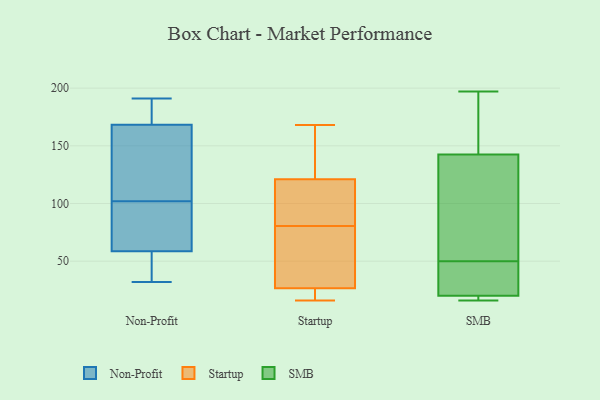
{"axis": {"x": "Satisfaction Score", "y": "Value"}, "legend": ["Non-Profit", "SMB", "Startup"], "data": [{"x": "", "y": 94, "type": "Non-Profit"}, {"x": "", "y": 164, "type": "Non-Profit"}, {"x": "", "y": 181, "type": "Non-Profit"}, {"x": "", "y": 44, "type": "Non-Profit"}, {"x": "", "y": 102, "type": "Non-Profit"}, {"x": "", "y": 48, "type": "Non-Profit"}, {"x": "", "y": 73, "type": "Non-Profit"}, {"x": "", "y": 190, "type": "Non-Profit"}, {"x": "", "y": 191, "type": "Non-Profit"}, {"x": "", "y": 119, "type": "Non-Profit"}, {"x": "", "y": 62, "type": "Non-Profit"}, {"x": "", "y": 110, "type": "Non-Profit"}, {"x": "", "y": 32, "type": "Non-Profit"}, {"x": "", "y": 16, "type": "Startup"}, {"x": "", "y": 107, "type": "Startup"}, {"x": "", "y": 19, "type": "Startup"}, {"x": "", "y": 168, "type": "Startup"}, {"x": "", "y": 149, "type": "Startup"}, {"x": "", "y": 32, "type": "Startup"}, {"x": "", "y": 79, "type": "Startup"}, {"x": "", "y": 21, "type": "Startup"}, {"x": "", "y": 82, "type": "Startup"}, {"x": "", "y": 75, "type": "Startup"}, {"x": "", "y": 135, "type": "Startup"}, {"x": "", "y": 101, "type": "Startup"}, {"x": "", "y": 187, "type": "SMB"}, {"x": "", "y": 41, "type": "SMB"}, {"x": "", "y": 26, "type": "SMB"}, {"x": "", "y": 17, "type": "SMB"}, {"x": "", "y": 18, "type": "SMB"}, {"x": "", "y": 197, "type": "SMB"}, {"x": "", "y": 59, "type": "SMB"}, {"x": "", "y": 123, "type": "SMB"}, {"x": "", "y": 16, "type": "SMB"}, {"x": "", "y": 50, "type": "SMB"}, {"x": "", "y": 149, "type": "SMB"}]}